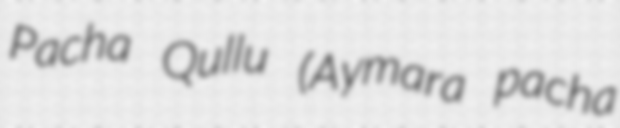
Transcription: Pacha Qullu (Aymara pacha